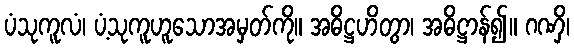
ပံသုကူလံ၊ ပံ့သုကူဟူသောအမှတ်ကို။ အဓိဋ္ဌဟိတွာ၊ အဓိဋ္ဌာန်၍။ ဂဏှိ၊